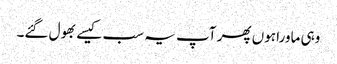
وہی ماورا ہوں پھر آپ یہ سب کیسے بھول گئے۔